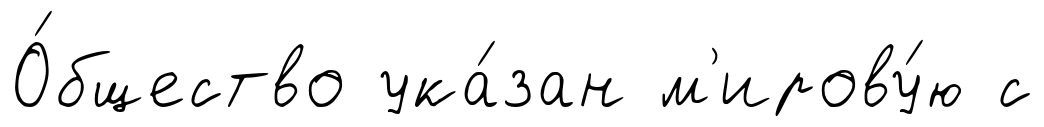
О́бщество ука́зан м'ирову́ю с